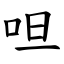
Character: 呾